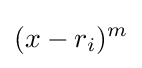
(x-r_{i})^{m}